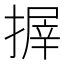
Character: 搱